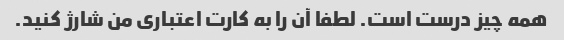
همه چیز درست است. لطفا آن را به کارت اعتباری من شارژ کنید.